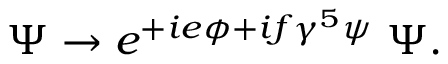
\Psi \rightarrow e ^ { + i e \phi + i f \gamma ^ { 5 } \psi } \; \Psi .